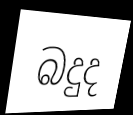
බදුද